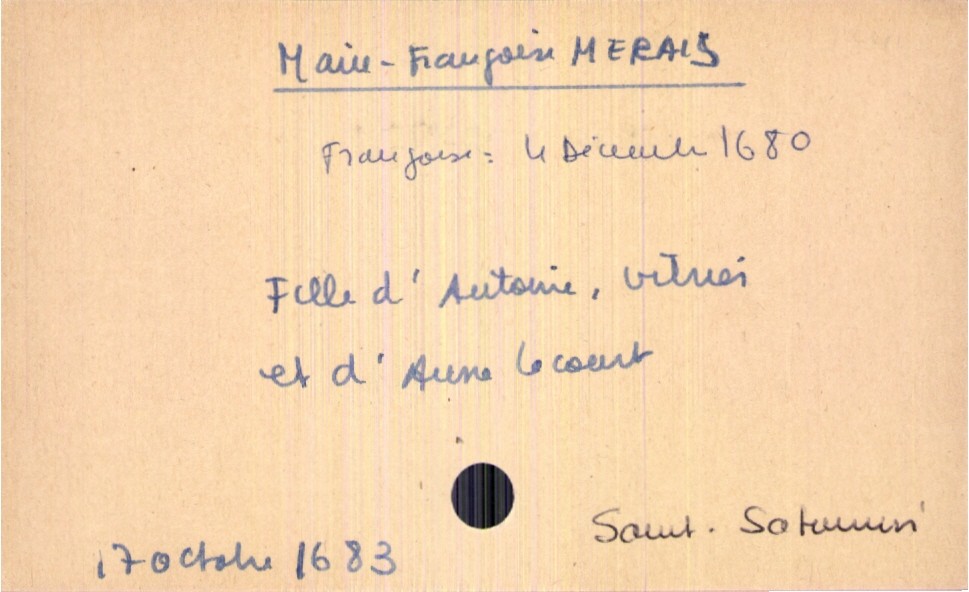
type_acte: Baptême
filiation: fille
enfant_prénom: Françoise
enfant_date_de_naissance: 4 décembre 1680
enfant_lieu_de_naissance: Saint-Saturnin
père_enfant_nom: Merais
père_enfant_prénom: Antoine
père_enfant_profession: vitrier
mère_enfant_nom: Lecourt
mère_enfant_prénom: Anne